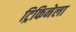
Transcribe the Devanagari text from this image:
ट्रिकिनेला